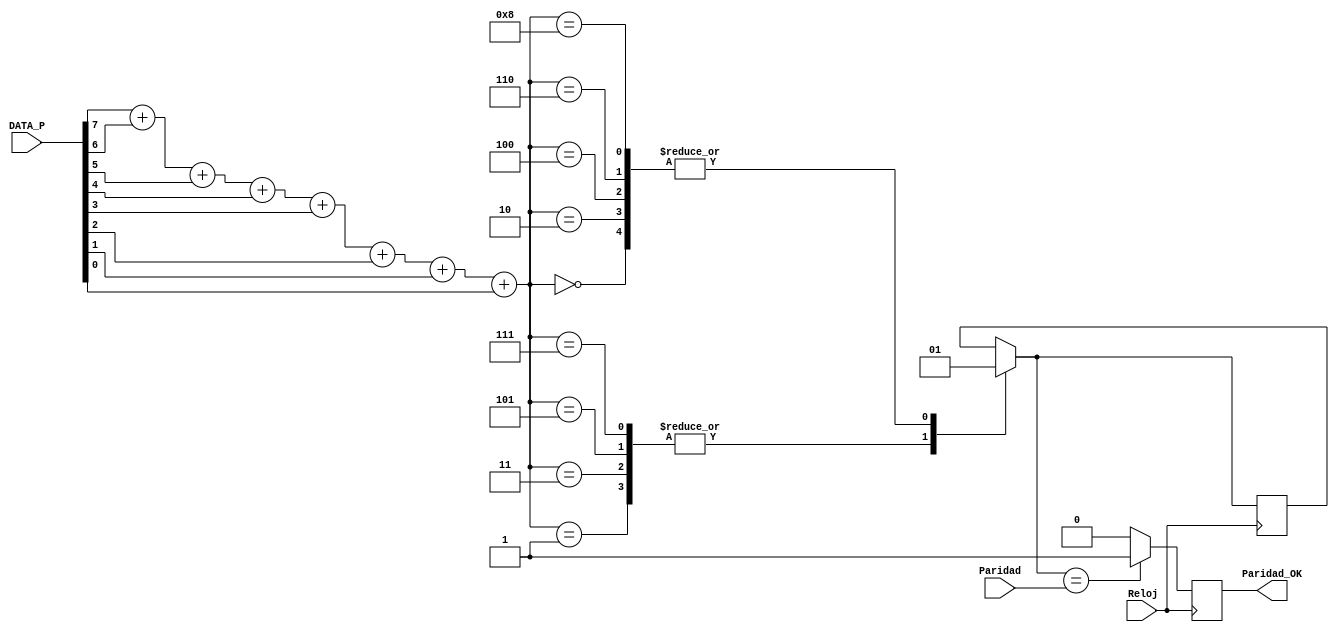
`timescale 1ns / 1ps

//////////////////////////////////////////////////////////////////////////////////
module Paridad (Reloj, DATA_P, Paridad, Paridad_OK); //Comprobador de paridad

input Reloj;						 //Reloj del sistema 
input Paridad;          		 //bit de paridad 
input wire [7:0]DATA_P; 		 //Datos de entrada 
output reg Paridad_OK;         //Paridad OK 

//Funcionamiento de la paridad impar 

wire[3:0]SUMA; 
assign SUMA = (DATA_P[7] + DATA_P[6] + DATA_P[5] + DATA_P[4] + DATA_P[3] + DATA_P[2] + DATA_P[1] + DATA_P[0]); //Se suma el valor unitario de cada bit de entrada
reg Determinador = 1'b0; //determinador va a determinar el valor que deberia posseer el bit de paridad

always @(posedge Reloj)
begin 
	case (SUMA) //determinador toma el valor que deberia poseer paridad
	4'h0 : Determinador = 1'b1;
	4'h1 : Determinador = 1'b0;
	4'h2 : Determinador = 1'b1;
	4'h3 : Determinador = 1'b0;
	4'h4 : Determinador = 1'b1;
	4'h5 : Determinador = 1'b0;
	4'h6 : Determinador = 1'b1;
	4'h7 : Determinador = 1'b0;
	4'h8 : Determinador = 1'b1;
	
	default Determinador = Determinador; 
	endcase
	
	if (Determinador == Paridad) Paridad_OK = 1'b1; //si el determinador posee el mismo valor que paridad significa que los datos estan correctos 
	else Paridad_OK = 1'b0;
end 

endmodule